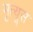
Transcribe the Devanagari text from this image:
मृत्यूस